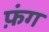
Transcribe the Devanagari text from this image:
फ़ंग